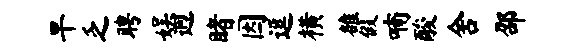
旱乏聘娱迥睹因逗横雒假喃酸舍邵